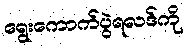
ရွေးကောက်ပွဲရလဒ်ကို